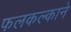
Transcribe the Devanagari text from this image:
फलकल्काने